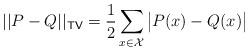
LaTeX: \begin{align*}||P-Q||_{\mathsf{TV}}=\frac{1}{2}\sum_{x\in\mathcal{X}}\big|P(x)-Q(x)\big|\end{align*}